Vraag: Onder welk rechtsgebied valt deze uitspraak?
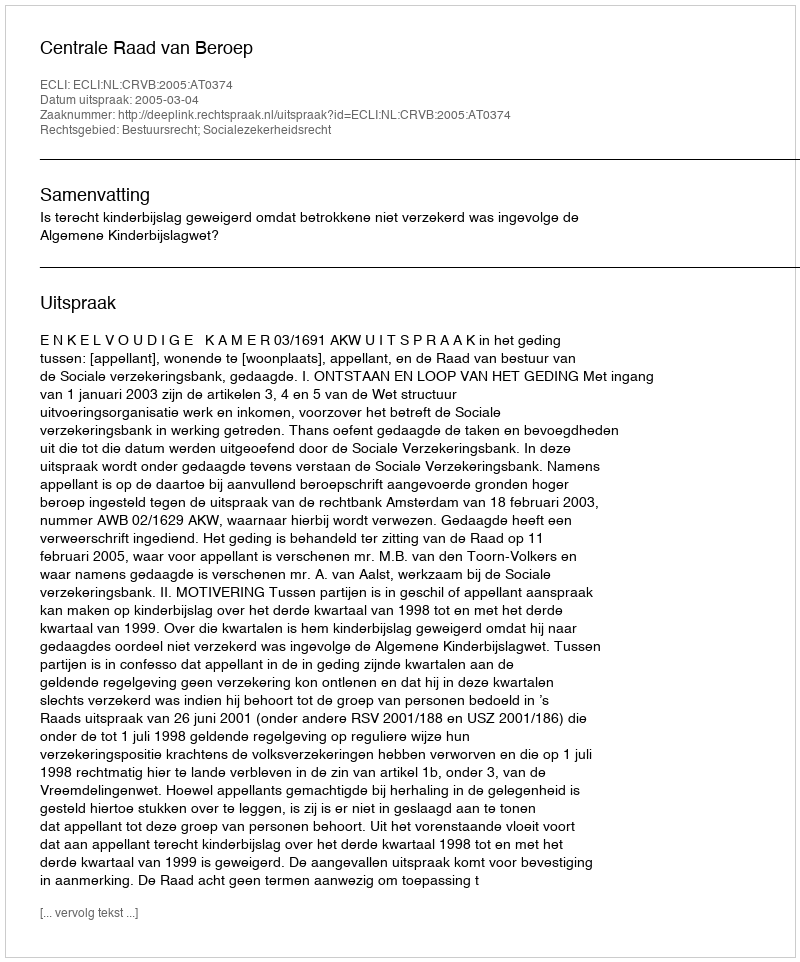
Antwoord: Bestuursrecht; Socialezekerheidsrecht